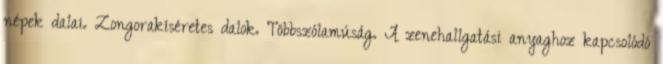
népek dalai. Zongorakíséretes dalok. Többszólamúság. A zenehallgatási anyaghoz kapcsolódó